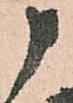
申